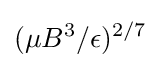
(\mu B^{3}/\epsilon )^{2/7}